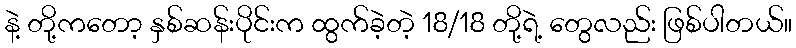
နဲ့ တို့ကတော့ နှစ်ဆန်းပိုင်းက ထွက်ခဲ့တဲ့ 18/18 တို့ရဲ့ တွေလည်း ဖြစ်ပါတယ်။